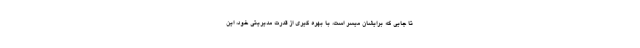
تا جایی که برایشان میسر است، با بهره گیری از قدرت مدیریتی خود، این